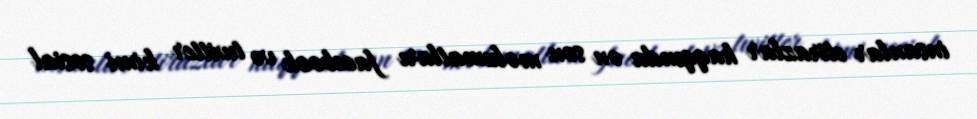
insanlar etirazlar haqqında ən son məlumatları facebook və twitter kimi sosial